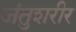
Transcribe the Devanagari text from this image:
जंतुशरीर